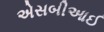
એસબીઆઈ